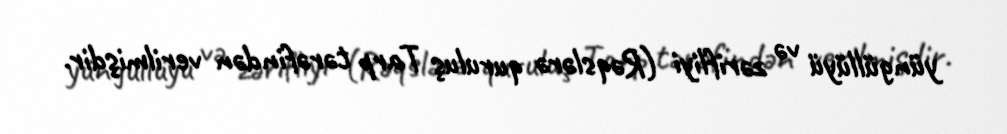
yüngüllüyü və zərifliyi (Rəqslərə quruluş Tarp tərəfindən verilmişdir.